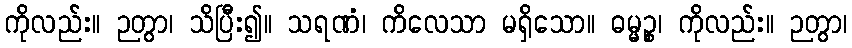
ကိုလည်း။ ဉတွာ၊ သိပြီး၍။ သရဏံ၊ ကိလေသာ မရှိသော။ ဓမ္မဉ္စ၊ ကိုလည်း။ ဉတွာ၊